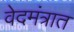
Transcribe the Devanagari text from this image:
वेदमंत्रात